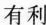
有利